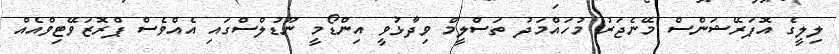
ލިލީގެ އޮޕަރޭޝަންސް މޭނެޖަރު މުހައްމަދު ތަސްލީމް ވިދާޅުވީ އިންޑޯމީ ނޫޑުލްސްގައި އެއްވެސް ޕްރޮޒަވޭޓިވްއެއް